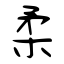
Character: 柔